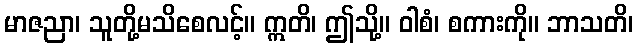
မာဇညာ၊ သူတို့မသိစေလင့်။ ဣတိ၊ ဤသို့။ ဝါစံ၊ စကားကို။ ဘာသတိ၊